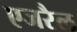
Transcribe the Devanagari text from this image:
एजरैल